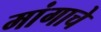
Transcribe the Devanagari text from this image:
मांगाचे